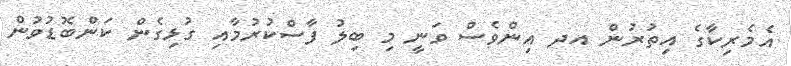
އެމެރިކާގެ އިތުރުން އދ އިންވެސް ވަނީ މި ބިލު ފާސްކުރުމާއި ގުޅިގެން ކަންބޮޑުވުން